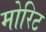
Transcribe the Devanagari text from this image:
मोरिट